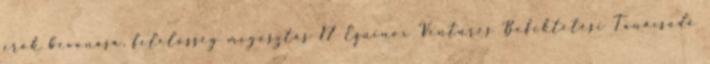
erők bevonása, felelősség megosztás 17 Equinox Ventures Befektetési Tanácsadó